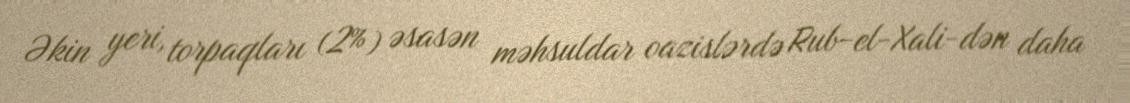
Əkin yeri, torpaqları (2%) əsasən məhsuldar oazislərdə Rub-el-Xali-dən daha